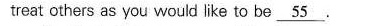
treat others as γou would fke tc bes \underline{55}.